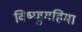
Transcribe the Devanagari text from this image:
विष्णुमहिमा